Applicability to medico-legal practice in India of the biochemical tests for the origin of blood-stains - Number 39
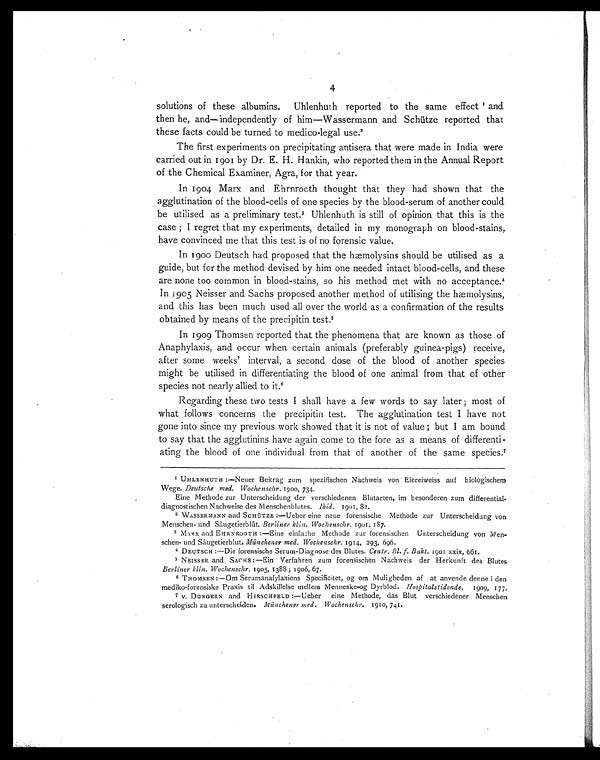
4
solutions of these albumins. Uhlenhuth reported to the same effect 1 a n d
then he, and—independently of him—Wassermann and Schütze reported that
these facts could be turned to medico-legal use. 2
The first experiments on precipitating antisera that were made in India were
carried out in 1901 by Dr. E. H. Hankin, who reported them in the Annual Report
of the Chemical Examiner, Agra, for that year.
In 1904 Marx and Ehrnrooth thought that they had shown that the
agglutination of the blood-cells of one species by the blood-serum of another could
be utilised as a preliminary test.3 U h l e n h u t h i s s t i l l o f o p i n i o n t h a t t h i s i s t h e
case; I regret that my experiments, detailed in my monograph on blood-stains,
have convinced me that this test is of no forensic value.
In 1900 Deutsch had proposed that the hæmolysins should be utilised as a
guide, but for the method devised by him one needed intact blood-cells, and these
are none too common in blood-stains, so his method met with no acceptance. 4
In 1905 Neisser and Sachs proposed another method of utilising the hæmolysins,
and this has been much used all over the world as a confirmation of the results
obtained by means of the precipitin test.5
In 1909 Thomsen reported that the phenomena that are known as those of
Anaphylaxis, and occur when certain animals (preferably guinea-pigs) receive,
after some weeks' interval, a second dose of the blood of another species
might be utilised in differentiating the blood of one animal from that of other
species not nearly allied to it.6
Regarding these two tests I shall have a few words to say later; most of
what follows concerns the precipitin test. The agglutination test I have not
gone into since my previous work showed that it is not of value; but I am bound
to say that the agglutinins have again come to the fore as a means of differenti-
ating the blood of one individual from that of another of the same species.7
1 UHLENHUTH:—Neuer Beitrag zum spezifischen Nachweis von Eiereiweiss auf biologischem
Wege. Deutsche med. Wochenschr . 1900, 734.
Eine Methode zur Unterscheidung der verschiedenen Blutarten, im besonderen zum
differential diagnostischen Nachweise des Menschenblutes. Ibid. 1901, 82.
2 WASSERMANN and SCHÜTZE:—Ueber eine neue forensische Methode zur Unterscheidung von
Menschen- und Säugetierblüt. Berliner klin. Wochenschr. 1901, 187.
3 MARX and EHRNROOTH :—Eine einfache Methode zur forensischen Unterscheidung von Men-
schen- und Säugetierblut. Münchener med. Wochenschr. 1914, 293, 696.
4 DEUTSCH:—Die forensische Serum-Diagnose des Blutes. Centr. Bl. f. Bakt. 1901 xxix, 661.
5 NEISSER and SACHS:—Ein Verfahren zum forensischen Nachweis der Herkunft des Blutes
Berliner klin.Wochenschr. 1905, 1388 ; 1906, 67.
6
THOMSEN:— Om Serumanafylaxiens Specifictet, og om Muligheden af at anvende dennei den
mediko-forensiske Praxis til Adskillelse mellem Menneske-og Dyrblod. Hospitalstidende . 1909, 177.
7 V. DUNGERN and HIRSCHFELD:—Ueber eine Methode, das Blut verschiedener Menschen
serologisch zu unterscheiden. Münchener med. Wochenschr. 1910, 741.